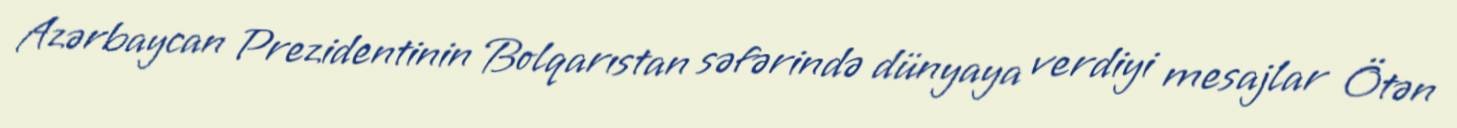
Azərbaycan Prezidentinin Bolqarıstan səfərində dünyaya verdiyi mesajlar Ötən